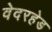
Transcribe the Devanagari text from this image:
वेदरहेड